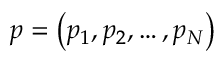
\boldsymbol { p } = \left( p _ { 1 } , p _ { 2 } , \dots , p _ { N } \right)